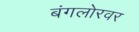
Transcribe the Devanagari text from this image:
बंगलोरवर